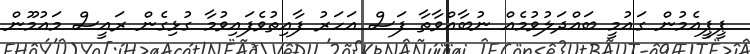
ޕީޕީއެމުން ގައުމީ ބައްދަލުވުމެއް ނުބާއްވާތާ ފަސް އަހަރު ފާއިތުވެފައިވުމާ ގުޅިގެން ރައީސް މައުމޫން